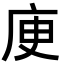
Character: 𢈔